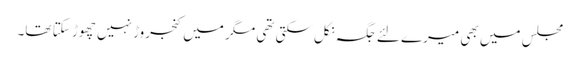
مجلس میں بھی میرے لئے جگہ نکل سکتی تھی مگر میں کنجروڑ نہیں چھوڑ سکتا تھا۔